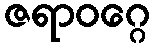
ဇရာဝဂ္ဂေ